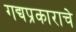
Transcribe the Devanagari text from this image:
गद्यप्रकाराचे